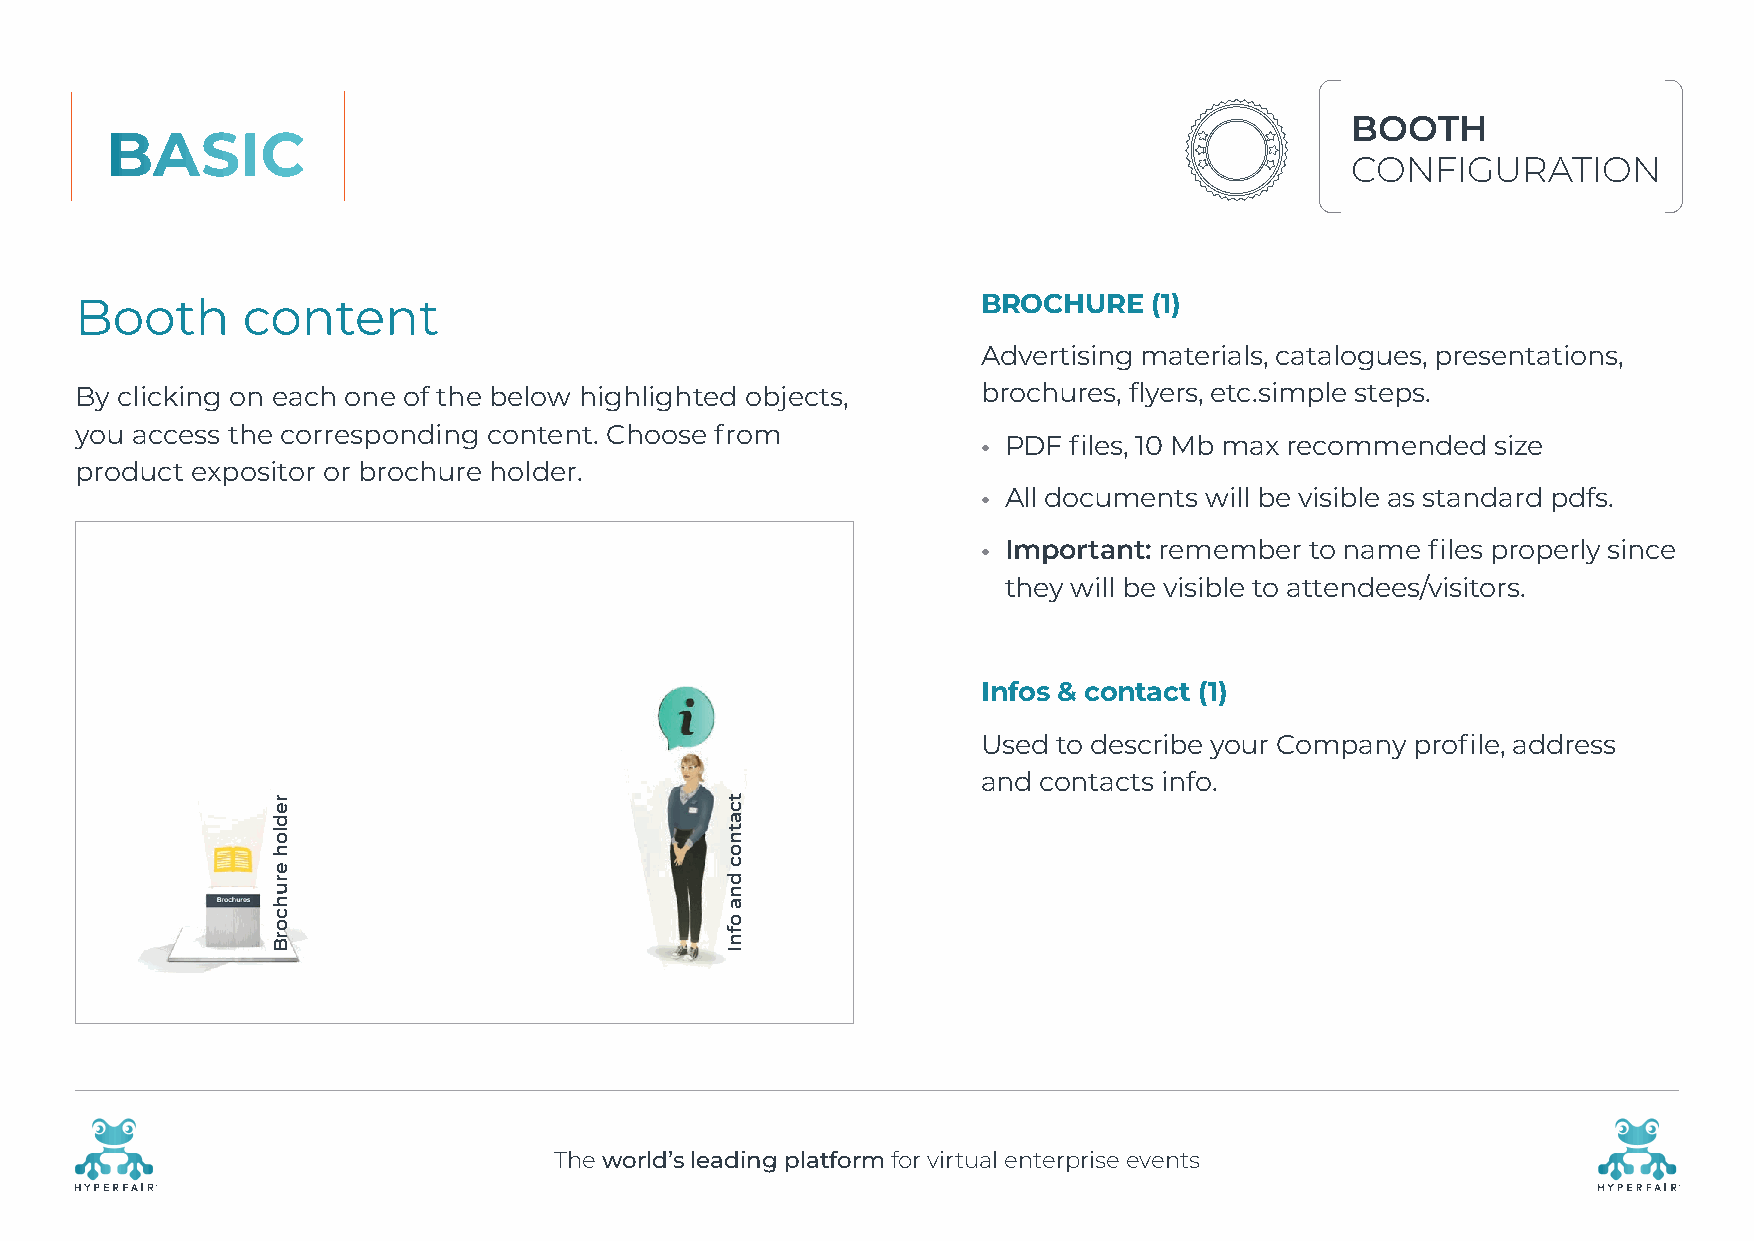
BOOTH
 BASIC
 CONFIGURATION
 Booth      content                                          BROCHURE   (1)
 Advertising materials, catalogues, presentations,
 By clicking on each one of the below highlighted objects,   brochures, flyers, etc.simple steps.
 you access the corresponding content. Choose from
 • PDF files, 10 Mb max recommended size
 product expositor or brochure holder.
 • All documents will be visible as standard pdfs.
 • I mportant: remember to name files properly since
 they will be visible to attendees/visitors.
 Infos & contact (1)
 Used to describe your Company profile, address
 and contacts info.
 The world’s leading platform for virtual enterprise events
 R                                                                                                    R
 redloh
 eruhcorB
 tcatnoc
 dna
 ofnI